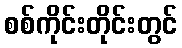
စစ်ကိုင်းတိုင်းတွင်